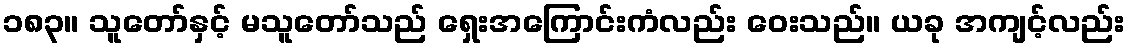
၁၈၃။ သူတော်နှင့် မသူတော်သည် ရှေးအကြောင်းကံလည်း ဝေးသည်။ ယခု အကျင့်လည်း